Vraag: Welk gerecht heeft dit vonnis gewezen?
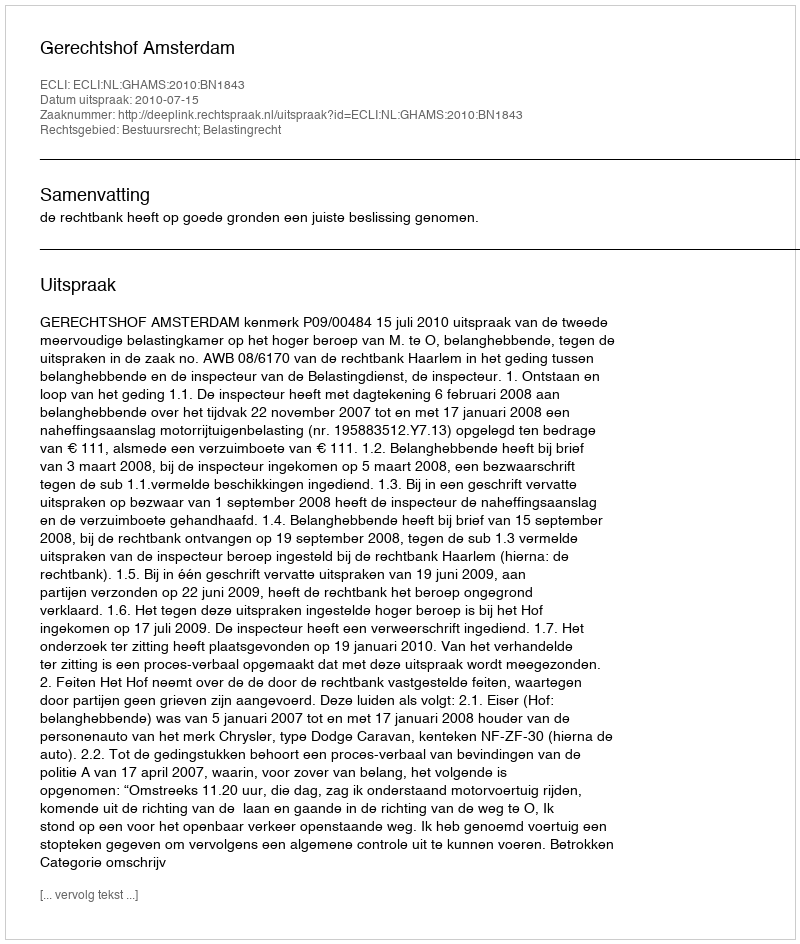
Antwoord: Gerechtshof Amsterdam